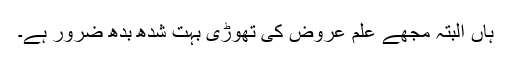
ہاں البتہ مجھے علمِ عروض کی تھوڑی بہت شُدھ بُدھ ضرور ہے۔